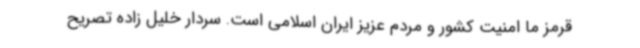
قرمز ما امنیت کشور و مردم عزیز ایران اسلامی است. سردار خلیل زاده تصریح